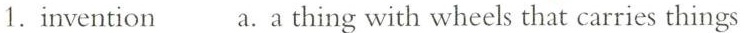
1 .invention a. A thing with wheels that carries things